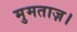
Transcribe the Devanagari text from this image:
मुमताज़।